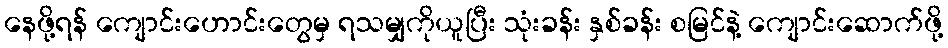
နေဖို့ရန် ကျောင်းဟောင်းတွေမှ ရသမျှကိုယူပြီး သုံးခန်း နှစ်ခန်း စမြင်နဲ့ ကျောင်းဆောက်ဖို့